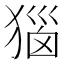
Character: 㺁